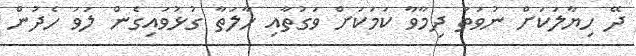
ދޭ ހިޔާލަކަށް ނުވަތަ ދިމާވާ ކަމަކަށް ވަގުތާއި ހާލަތާ ގުޅުވައިގެން ލަވަ ހެދުން